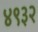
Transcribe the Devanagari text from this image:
४९३२